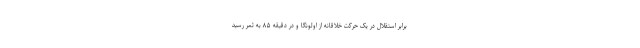
برابر استقلال در یک حرکت خلاقانه از اولونگا و در دقیقه ۸۵ به ثمر رسید